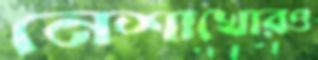
নেশাখোরও